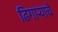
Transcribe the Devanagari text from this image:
ढिगार्‍याचे